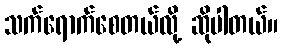
သက်ရောက်စေတယ်လို့ ဆိုပါတယ်။